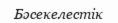
Бәсекелестік